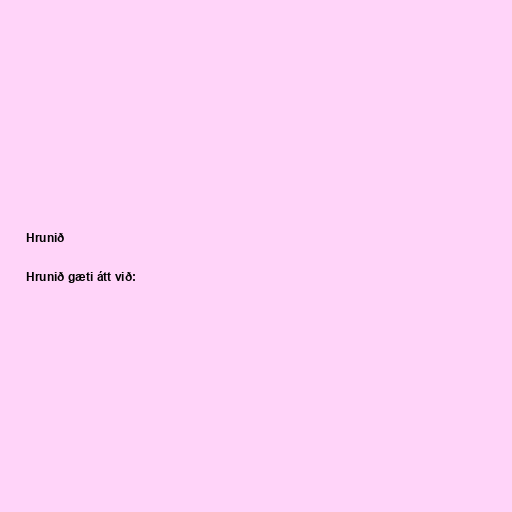
Hrunið

Hrunið gæti átt við: